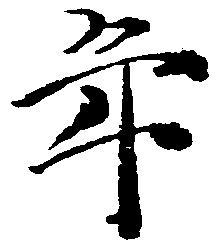
年